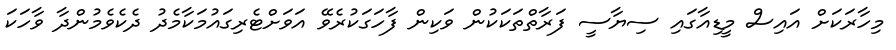
މިހާރަކަށް އައިސް މީޑިއާގައި ސިޔާސީ ފަރާތްތަކަކުން ވަކިން ފާހަގަކުރެވޭ އަވަށްޓެރިގައުމަކާމެދު ދެކެވެމުންދާ ވާހަކަ